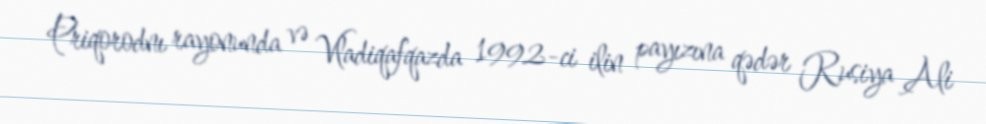
Priqorodnı rayonunda və Vladiqafqazda 1992-ci ilin payızına qədər Rusiya Ali